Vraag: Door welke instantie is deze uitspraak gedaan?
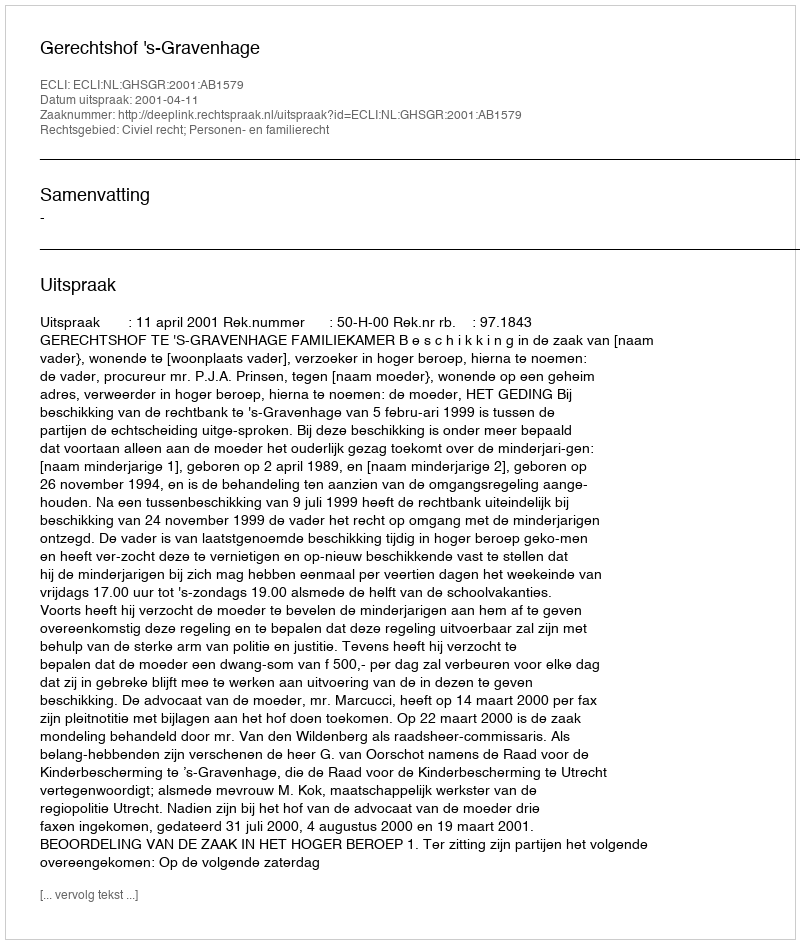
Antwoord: Gerechtshof 's-Gravenhage